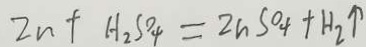
Z n + H _ { 2 } S O _ { 4 } = Z n S O _ { 4 } + H _ { 2 } \uparrow